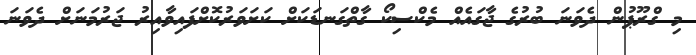
މި ގްރޫޕުން ދެވަނަ ބުރުގެ ޖާގައެއް މެކްސިކޯ ގާތްގަނޑަކަށް ކަށަވަރުކޮށްފައިވާއިރު ޖަރުމަނަށް ދެވަނަ